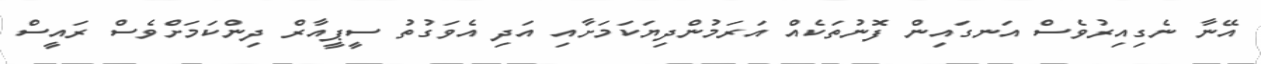
އޭނާ ނެގިއިރުވެސް އަނގައިން ފޮނުތަކެއް އަރަމުންދިޔަކަމަށާއި އަދި އެވަގުތު ސީޕީއާރް ދިންކަމަށްވެސް ރައީސް